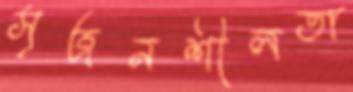
সৃজনশীলতা